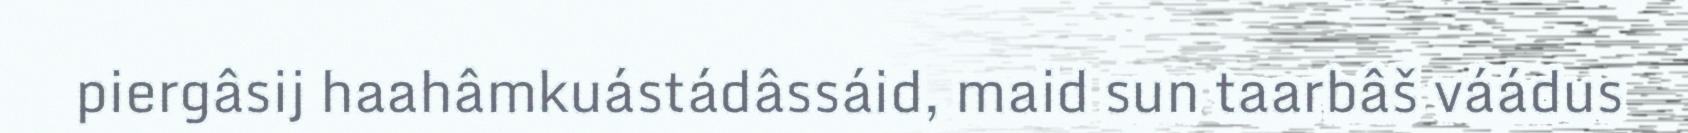
piergâsij haahâmkuástádâssáid, maid sun taarbâš váádus